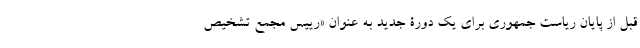
قبل از پایان ریاست جمهوری برای یک دورۀ جدید به عنوان «رییس مجمع تشخیص